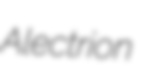
Alectrion